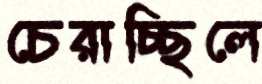
চেরাচ্ছিলে